Report of the Municipal Commissioner on the plague in Bombay for the year ending 31st May... - Volume 2
Disease focus: Plague
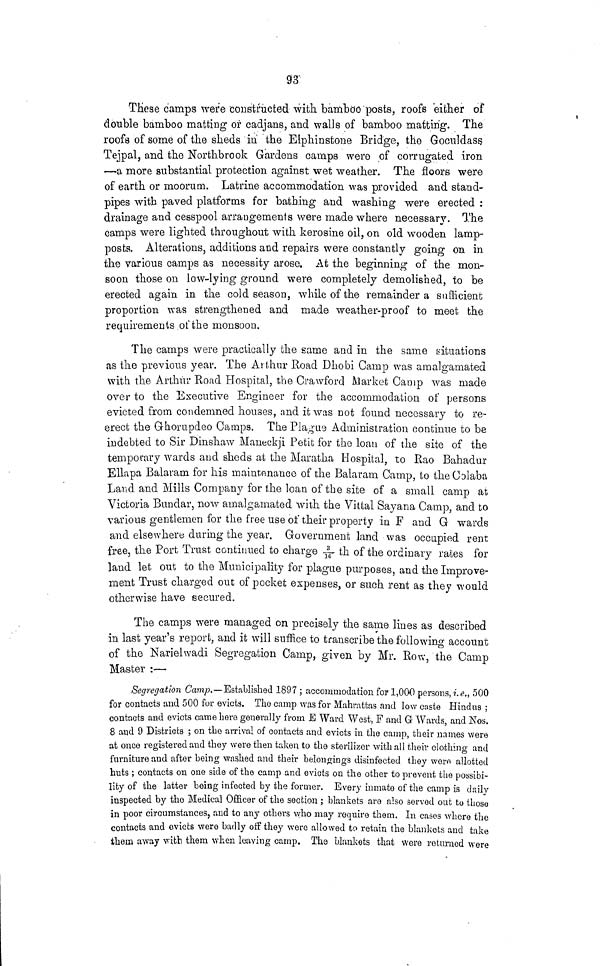
93
These camps were constructed with bamboo posts, roofs eifcher of
double bamboo matting or cadjans, and walls of bamboo matting. The
roofs of some of the sheds in the Elphinstone Bridge, the Goculdass.
Tejpal, and the rTorthbrook Gardens camps were of corrugated iron
—a more substantial protection against wet weather. The floors were
of earth or moorum. Latrine accommodation was provided and stand-
pipes with paved platforms for bathing and washing were erected :
drainage and cesspool arrangements were made where necessary. The
camps were lighted throughout with kerosine oil, on old wooden lamp-
posts. Alterations, additions and repairs were constantly going on in
the various camps as necessity arose. At the beginning of the mon-
soon those on low-lying ground were completely demolished, to be
erected again in the cold season, while of the remainder a sufficient
proportion was strengthened and made weather-proof to meet the
requirements ot'the monsoon.
The camps were practically the same and in the same situations
as the previous year. The Arthur Road Dhobi Camp was amalgamated
with the Arthur Road Hospital, the Crawford Market Camp was made
over to the Executive Engineer for the accommodation of persons
evicted from condemned houses, and it was not found necessary to re-
erect the Ghoruprleo Camps. The Plague Administration continue to be
indebted to Sir Dinshaw Maueckji Petit for the loan of the site of the
temporary wards and sheds at the Maratha Hospital, to Rao Bahadur
Ellapa Balaram for his maintenance of the Balaram Camp, to the Colaba
Land and Mills Company for the loan of the site of a small camp at
Victoria Bundai-, now amalgamated with the Vittal Sayana Camp, and to
various gentlemen for the free use of their property in F and G wards
and elsewhere during the year. Government land was occupied rent
free, the Port Trust continued to charge ^ th of the ordinary rates for
land let out to the Municipality for plague purposes, and the Improve-
ment Trust charged out of pocket expenses, or such rent as they would
otherwise have secured.
The camps were managed on precisely the same lines as described
in last year's report, and it will suffice to transcribe the following account
of the Narielwadi Segregation Camp, given by Mr. Row, the Camp
Master :—
Segregation Camp.—Established 1897 ; accommodation for 1,000 persons, ?!.<?., 500
for contacts and 500 for evicts. Tho camp was for Mahrattas and low caste Hindus ;
contacts and evicts came höre generally from E Ward West, F and G Wards, and Nos.
8 and 9 Districts ; on the arrival of contacts and evicts in the camp, their names were
at once registered and they were then taken to the sterilizer with all their clothino· and
furniture and after being washed and their belongings disinfected they wer« allotted
huts; contacts on one side of the camp and evicts on the other to prevent the possibi-
lity of the latter being infected by the former. Every inmate of the camp is daily
inspected by the Medical Officer of the section ; blankets are also served out to thoso
in poor circumstances, and to any others who may require them. In cases where the
contacts and evicts were badly off they were allowed to retain the blankets and take
them away with them when leaving cainp. The blankets that were returned were